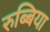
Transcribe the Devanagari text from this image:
रुब्बिया